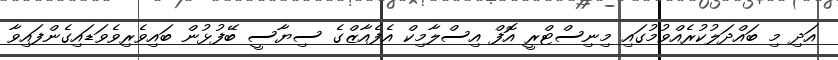
އަދި މި ބައްދަލުކުރެއްވުމުގައި މިނިސްޓްރީ އޮފް އިސްލާމިކް އެފެއާޒްގެ ސިޔާސީ ބޭފުޅުން ބައިވެރިވެވަޑައިގެންފައިވާ